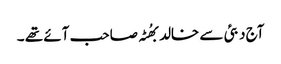
آج دبئی سے خالد بھُٹہ صاحب آئے تھے ۔